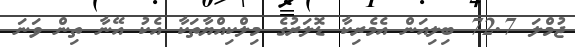
ޖުމްލަ 72.7 ބިލިއަން އެމެރިކާ ޑޮލަރުގެ މިލްކިއްޔާތަކާ އެކު އޭނާ ތިން ވަނަ